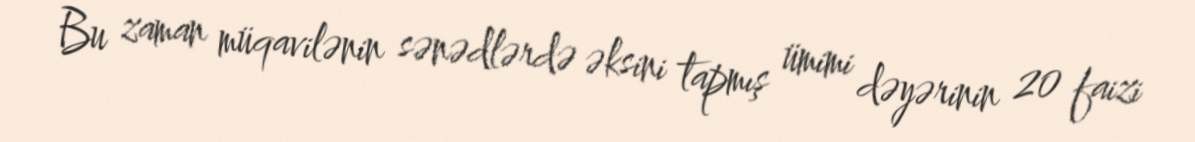
Bu zaman müqavilənin sənədlərdə əksini tapmış ümimi dəyərinin 20 faizi